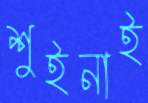
শুইনাই